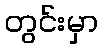
တွင်းမှာ